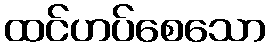
ထင်ဟပ်စေသော